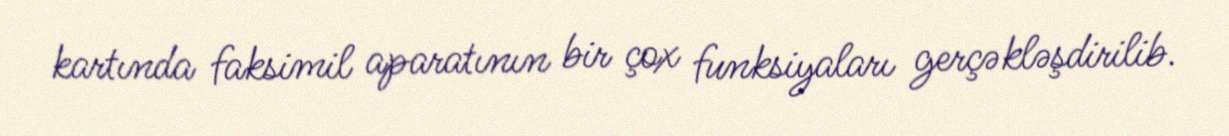
kartında faksimil aparatının bir çox funksiyaları gerçəkləşdirilib.